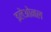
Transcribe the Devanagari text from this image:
इलेओनल